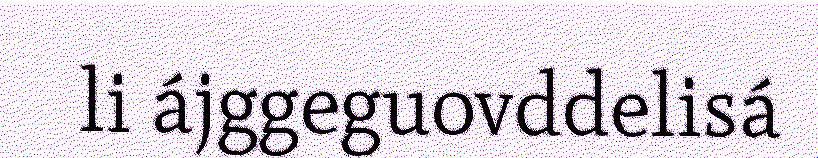
li ájggeguovddelisá